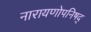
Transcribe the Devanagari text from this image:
नारायणोपनिषद्